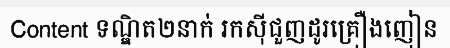
Content ទណ្ឌិត២នាក់ រកស៊ីជួញដូរគ្រឿងញៀន